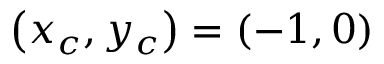
\left( x _ { c } , y _ { c } \right) = \left( - 1 , 0 \right)